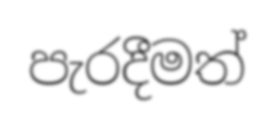
පැරදීමත්